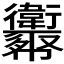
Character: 𢆈